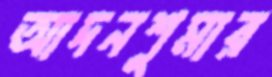
আদনশুমার